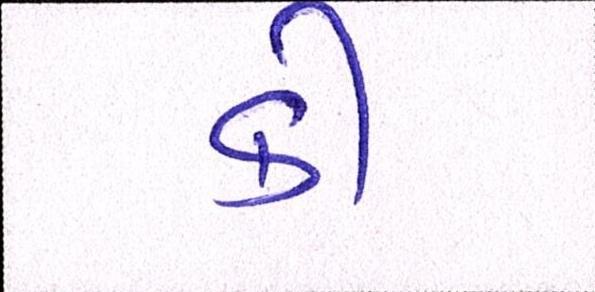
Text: કી